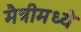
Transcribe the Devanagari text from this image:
मैत्रीमध्ये